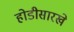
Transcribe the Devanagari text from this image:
होडीसारखे